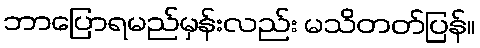
ဘာပြောရမည်မှန်းလည်း မသိတတ်ပြန်။